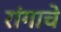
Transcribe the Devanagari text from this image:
रांगाचे